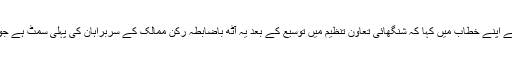
چین کے صدر شی جن پنگ نے اپنے خطاب میں کہا کہ شنگھائی تعاون تنظیم میں توسیع کے بعد یہ آٹھ باضابطہ رکن ممالک کے سربراہان کی پہلی سمٹ ہے جو تاریخی اہمیت کی حامل ہے۔